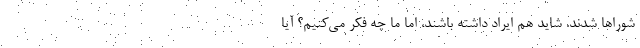
شوراها شدند. شاید هم ایراد داشته باشند، اما ما چه فکر می‌کنیم؟ آیا